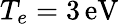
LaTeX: T_{e}=3\, \mathrm{eV}